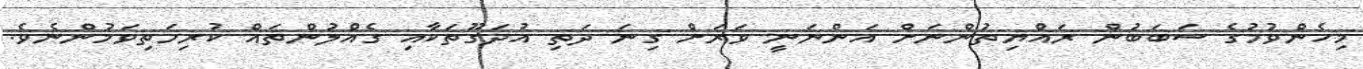
މިހެންވުމުގެ ސަބަބުން ރައްޔިތުންނަށް އަންނަނީ ވަރަށް ގިނަ ދަތި އުދަގޫތަކާއި ގެއްލުންތައް ކުރިމަތިވަމުންނެވެ.